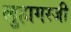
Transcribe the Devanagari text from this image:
लुहागरजी